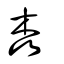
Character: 森